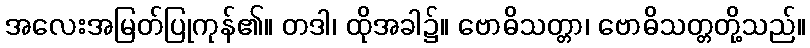
အလေးအမြတ်ပြုကုန်၏။ တဒါ၊ ထိုအခါ၌။ ဗောဓိသတ္တာ၊ ဗောဓိသတ္တတို့သည်။